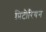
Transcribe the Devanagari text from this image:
प्रिटोरियन